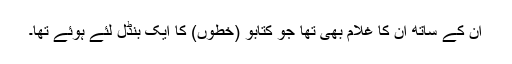
ان کے ساتھ ان کا غلام بھی تھا جو کتابوؑ (خطوں) کا ایک بنڈل لئے ہوئے تھا۔